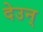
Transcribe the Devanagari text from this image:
देउन्